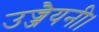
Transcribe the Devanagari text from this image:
उज्जैयनी।